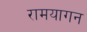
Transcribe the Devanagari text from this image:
रामयागन